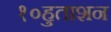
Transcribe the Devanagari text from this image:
१०हुताशन